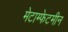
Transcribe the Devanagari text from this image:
मेटाम्फेटमीन